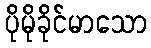
ပိုမိုခိုင်မာသော